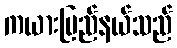
ကယားပြည်နယ်သည်